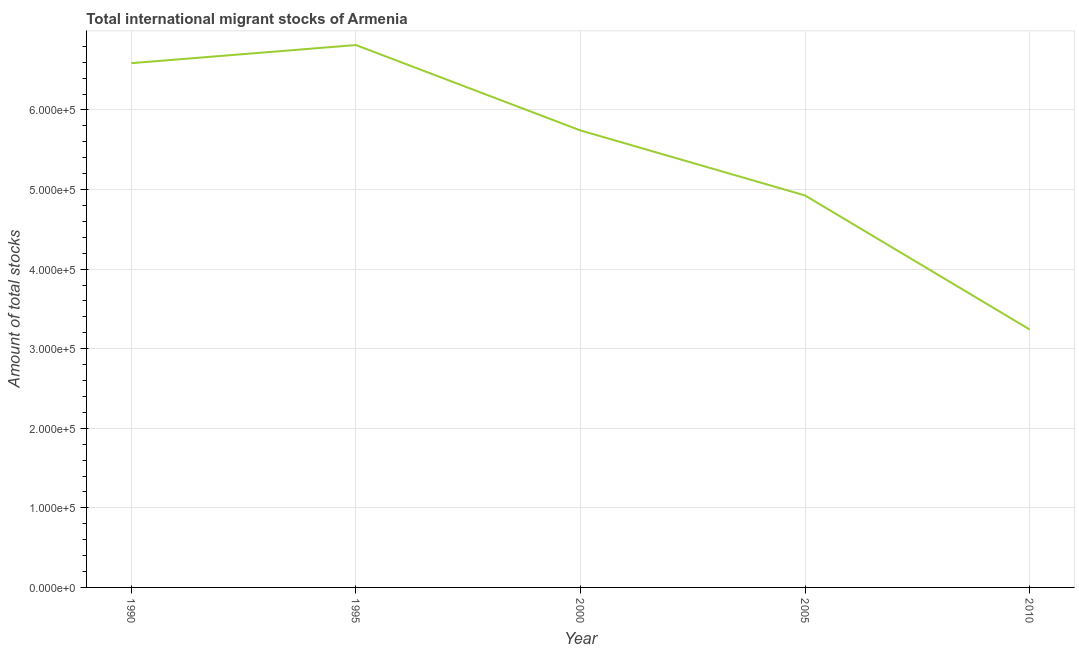
| Year | International migrant stock |
 | --- | --- |
 | 1990 | 6.59e+05 |
 | 1995 | 6.82e+05 |
 | 2000 | 5.74e+05 |
 | 2005 | 4.93e+05 |
 | 2010 | 3.24e+05 |